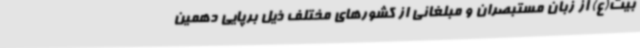
بیت(ع) از زبان مستبصران و مبلغانی از کشورهای مختلف ذیل برپایی دهمین